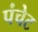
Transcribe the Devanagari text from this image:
पंचेट